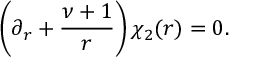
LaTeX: \left( \partial _ { r } + \frac { \nu + 1 } { r } \right) \chi _ { 2 } ( r ) = 0 .